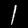
Digit: 1